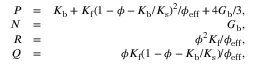
\begin{array} { r l r } { P } & { = } & { K _ { \mathrm { b } } + K _ { \mathrm { f } } ( 1 - \phi - K _ { \mathrm { b } } / K _ { \mathrm { s } } ) ^ { 2 } / \phi _ { \mathrm { e f f } } + 4 G _ { \mathrm { b } } / 3 , } \\ { N } & { = } & { G _ { \mathrm { b } } , } \\ { R } & { = } & { \phi ^ { 2 } K _ { \mathrm { f } } / \phi _ { \mathrm { e f f } } , } \\ { Q } & { = } & { \phi K _ { \mathrm { f } } ( 1 - \phi - K _ { \mathrm { b } } / K _ { \mathrm { s } } ) / \phi _ { \mathrm { e f f } } , } \end{array}